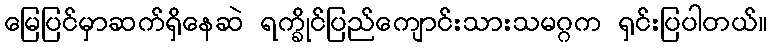
မြေပြင်မှာဆက်ရှိနေဆဲ ရက္ခိုင်ပြည်ကျောင်းသားသမဂ္ဂက ရှင်းပြပါတယ်။